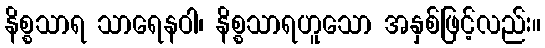
နိစ္စသာရ သာရေနဝါ၊ နိစ္စသာရဟူသော အနှစ်ဖြင့်လည်း။